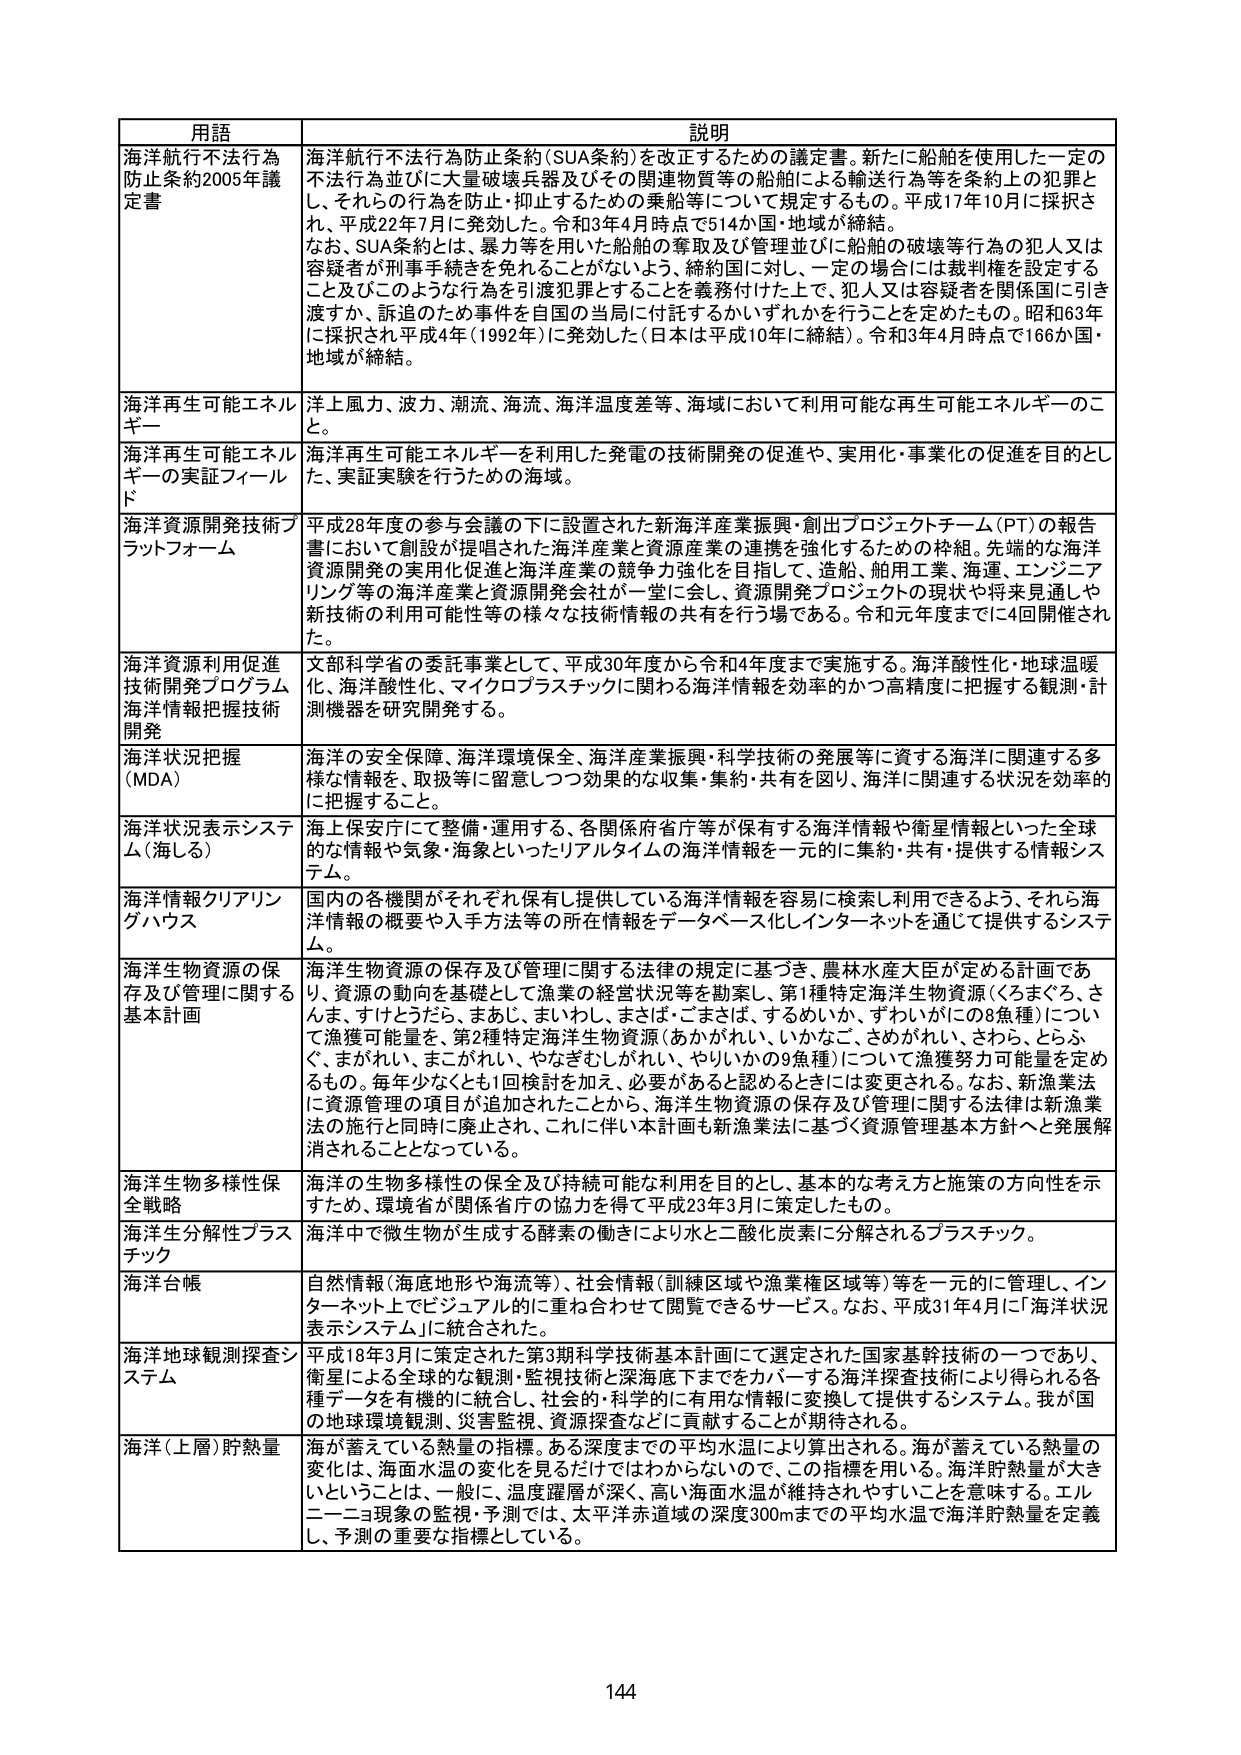
用語 説明
海洋航行不法行為防止条約2005年議定書 海洋航行不法行為防止条約（SUA条約）を改正するための議定書。新たに船舶を使用した一定の不法行為並びに大量破壊兵器及びその関連物質等の船舶による輸送行為等を条約上の犯罪とし、それらの行為を防止・抑止するための乗船等について規定するもの。平成17年10月に採択され、平成22年7月に発効した。令和3年4月時点で514か国・地域が締結。なお、SUA条約とは、暴力等を用いた船舶の奪取及び管理並びに船舶の破壊等行為の犯人又は容疑者が刑事手続きを免れることがないよう、締約国に対し、一定の場合には裁判権を設定すること及びこのような行為を引渡犯罪とすることを義務付けた上で、犯人又は容疑者を関係国に引き渡すか、訴追のための事件を自国の当局に付託するかいずれかを定めたもの。昭和63年に採択され平成4年（1992年）に発効した（日本は平成10年に締結）。令和3年4月時点で166か国・地域が締結。
海洋再生可能エネルギー 洋上風力、波力、潮流、海流、海洋温度差等、海域において利用可能な再生可能エネルギーのこと。
海洋再生可能エネルギーの実証フィールド 海洋再生可能エネルギーを利用した発電の技術開発の促進や、実用化・事業化の促進を目的とした、実証実験を行うための海域。
海洋資源開発技術プラットフォーム 平成28年度の参与会議の下に設置された新海洋産業振興・創出プロジェクトチーム（PT）の報告書において創設が提唱された海洋産業と資源産業の連携を強化するための枠組。先端的な海洋資源開発の実用化促進と海洋産業の競争力強化を目指して、造船、舶用工業、海運、エンジニアリング等の海洋産業と資源開発会社が一堂に会し、資源開発プロジェクトの現状や将来見通しや新技術の利用可能性等の様々な技術情報の共有を行う場である。令和元年度までに4回開催された。
海洋資源利用促進技術開発プログラム 海洋情報把握技術開発 文部科学省の委託事業として、平成30年度から令和4年度まで実施する。海洋酸性化・地球温暖化、海洋酸性化、マイクロプラスチックに関わる海洋情報を効率的かつ高精度に把握する観測・計測機器を研究開発する。
海洋状況把握（MDA） 海洋の安全保障、海洋環境保全、海洋産業振興・科学技術の発展等に資する海洋に関連する多様な情報を、取扱等に留意しつつ効果的な収集・集約・共有を図り、海洋に関連する状況を効率的に把握すること。
海洋状況表示システム（海しる） 海上保安庁にて整備・運用する、各関係府省庁等が保有する海洋情報や衛星情報といった全球的な情報や気象・海象といったリアルタイムの海洋情報を一元的に集約・共有・提供する情報システム。
海洋情報クリアリングハウス 国内の各機関がそれぞれ保有し提供している海洋情報を容易に検索し利用できるよう、それら海洋情報の概要や入手方法等の所在情報をデータベース化しインターネットを通じて提供するシステム。
海洋生物資源の保存及び管理に関する基本計画 海洋生物資源の保存及び管理に関する法律の規定に基づき、農林水産大臣が定める計画であり、資源の動向を基礎として漁業の経営状況等を勘案し、第1種特定海洋生物資源（くろまぐろ、さんま、すけとうだら、まきじ、まいわし、まさば・ごまさば、すまいか、ずわいがにの8魚種）について漁獲可能量を、第2種特定海洋生物資源（あかがれい、いかなご、さめがれい、さわら、とらふぐ、まがれい、まこがれい、やなぎむしがれい、やりいかの9魚種）について漁獲努力可能量を定めるもの。毎年少なくとも1回検討を加え、必要があると認めるときに変更される。なお、新漁業法に資源管理の項目が追加されたことから、海洋生物資源の保存及び管理に関する法律は新漁業法の施行と同時に廃止され、これに伴い本計画も新漁業法に基づく資源管理基本方針へと発展解消されることとなっている。
海洋生物多様性保全戦略 海洋の生物多様性の保全及び持続可能な利用を目的とし、基本的な考え方と施策の方向性を示すため、環境省が関係省庁の協力を得て平成23年3月に策定したもの。
海洋生分解性プラスチック 海洋中で微生物が生成する酵素の働きにより水と二酸化炭素に分解されるプラスチック。
海洋台帳 自然情報（海底地形や海流等）、社会情報（訓練区域や漁業権区域等）等を一元的に管理し、インターネット上でビジュアル的に重ね合わせて閲覧できるサービス。なお、平成31年4月に「海洋状況表示システム」に統合された。
海洋地球観測探査システム 平成18年3月に策定された第3期科学技術基本計画にて選定された国家基幹技術の一つであり、衛星による全球的な観測・監視技術と深海底下までをカバーする海洋探査技術により得られる各種データを有機的に統合し、社会的・科学的に有用な情報に変換して提供するシステム。我が国の地球環境観測、災害監視、資源探査などに貢献することが期待される。
海洋（上層）貯熱量 海が蓄えている熱量の指標。ある深度までの平均水温により算出される。海が蓄えている熱量の変化は、海面水温の変化を見るだけではわからないので、この指標を用いる。海洋貯熱量が大きいということは、一般に、温度躍層が深く、高い海面水温が維持されやすいことを意味する。エルニーニョ現象の監視・予測では、太平洋赤道域の深度300mまでの平均水温で海洋貯熱量を定義し、予測の重要な指標としている。
144